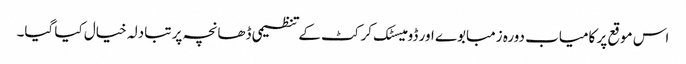
اس موقع پر کامیاب دورہ زمبابوے اور ڈومیسٹک کرکٹ کے تنظیمی ڈھانچہ پر تبادلہ خیال کیا گیا۔